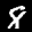
Label: 8